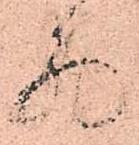
別